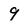
Character: 9